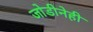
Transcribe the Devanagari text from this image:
जोडीनेही